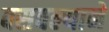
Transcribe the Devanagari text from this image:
बसवल्याने